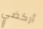
أركضي